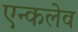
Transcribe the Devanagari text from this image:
एन्कलेव